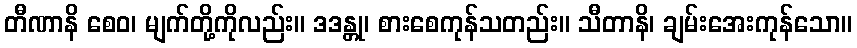
တီဏာနိ စေဝ၊ မျက်တို့ကိုလည်း။ ဒဒန္တု၊ စားစေကုန်သတည်း။ သီတာနိ၊ ချမ်းအေးကုန်သော။